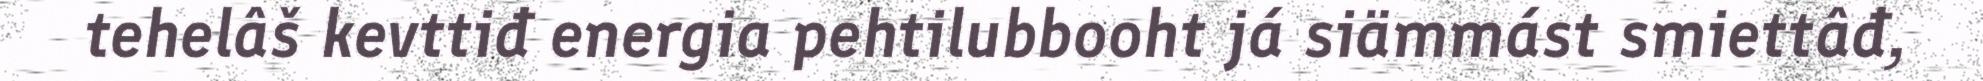
tehelâš kevttiđ energia pehtilubbooht já siämmást smiettâđ,